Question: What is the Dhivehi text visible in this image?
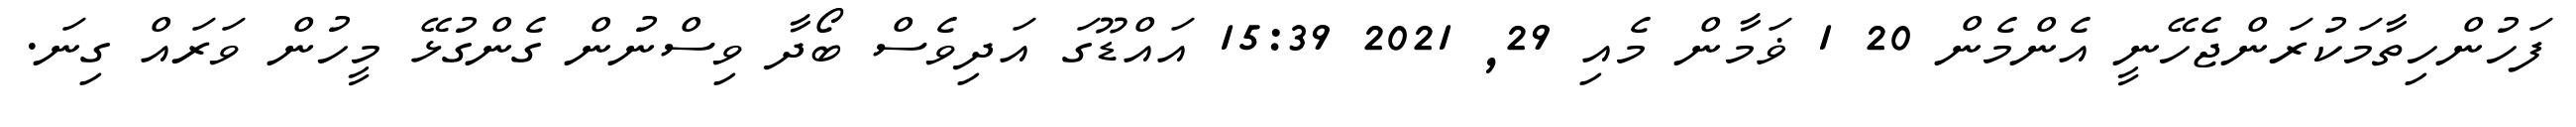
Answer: ފަހުންހިތާމަކުރަންޖެހޭނީ އެންމެން 20 1 ޥަމާން މެއި 29, 2021 15:39 އައްޑޫގަ އަދިވެސް ބޯދާ ވިސްނުން ގެންގުޅޭ މީހުން ވަރައް ގިނަ.